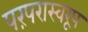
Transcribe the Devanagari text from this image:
परंपरास्वरूप